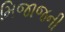
મિજાજની